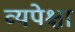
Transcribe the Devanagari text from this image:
व्यपेक्षा